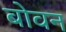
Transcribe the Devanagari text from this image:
बोवन